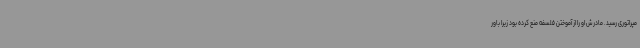
مپراتوری رسید. مادرش او را از آموختن فلسفه منع کرده بود زیرا باور